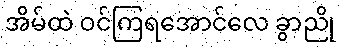
အိမ်ထဲ ဝင်ကြရအောင်လေ ခွာညို